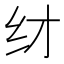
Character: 䌶